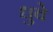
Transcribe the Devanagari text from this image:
धुवे